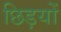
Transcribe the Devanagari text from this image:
छिड़यों